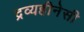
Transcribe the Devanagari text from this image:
द्रव्यहीनेसी